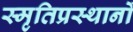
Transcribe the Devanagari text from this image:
स्मृतिप्रस्थानों